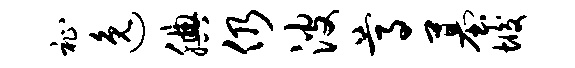
祉逸腆仍波尊墓垢